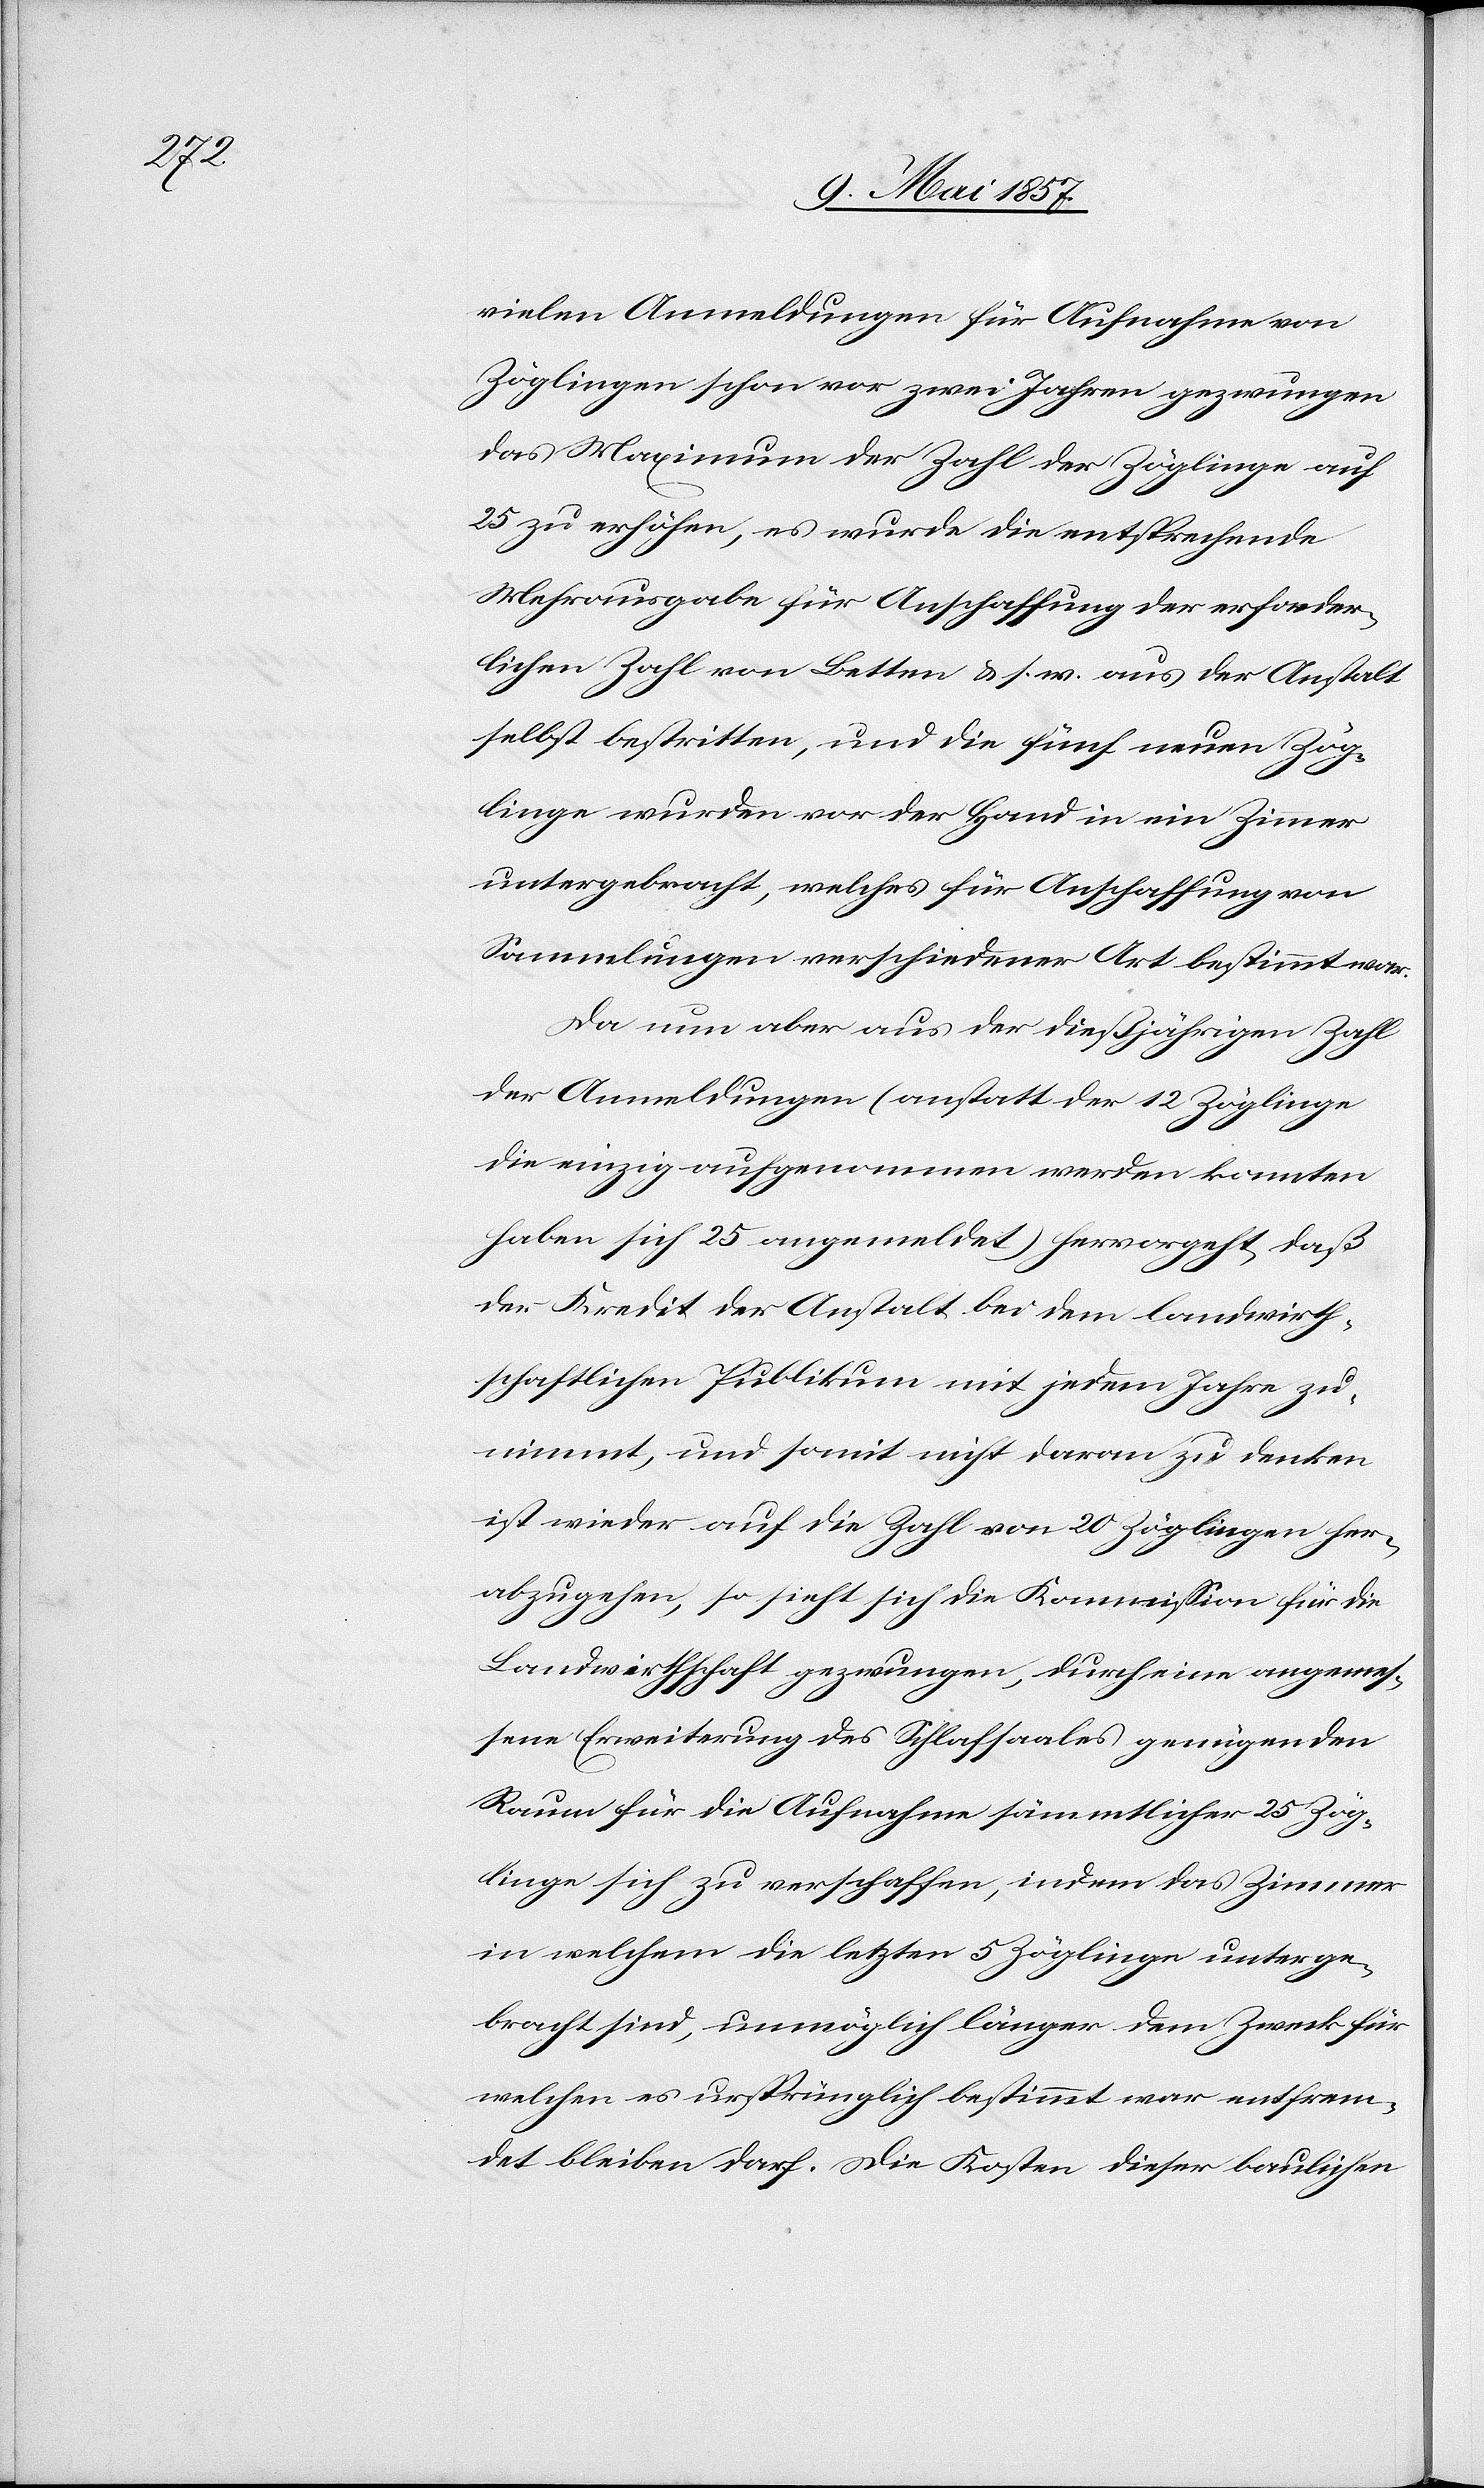
vielen Anmeldungen für Aufnahme von
Zöglingen schon vor zwei Jahren gezwungen
das Maximum der Zahl der Zöglinge auf
25 zu erhöhen, es wurde die entsprechende
Mehrausgabe für Anschaffung der erforder¬
lichen Zahl von Betten &. s. w. aus der Anstalt
selbst bestritten, und die fünf neuen Zög¬
linge wurden vor der Hand in ein Zimmer
untergebracht, welches für Anschaffung von
Sammlungen verschiedener Art bestimmt war.
Da nun aber aus der dießjährigen Zahl
der Anmeldungen (anstatt der 12 Zöglinge
die einzig aufgenommen werden konnten
haben sich 25 angemeldet) hervorgeht, daß
der Kredit der Anstalt bei dem landwirth¬
schaftlichen Publikum mit jedem Jahre zu¬
nimmt, und somit nicht daran zu denken
ist wieder auf die Zahl von 20 Zöglingen her¬
abzugehen, so sieht sich die Kommission für die
Landwirthschaft gezwungen, durch eine angemes¬
sene Erweiterung des Schlafsaales genügenden
Raum für die Aufnahme sämmtlicher 25 Zög¬
linge sich zu verschaffen, indem das Zimmer
in welchem die letzten 5 Zöglinge unterge¬
bracht sind, unmöglich länger dem Zweck für
welchen es ursprünglich bestimmt war entfrem¬
det bleiben darf. Die Kosten dieser baulichen